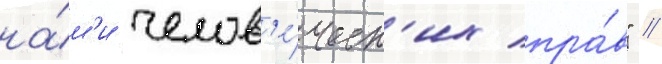
на́м'и челов'е́ческ'их пра́в" //